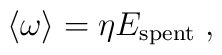
\langle \omega \rangle =\eta E_{{\rm spent}} \; ,